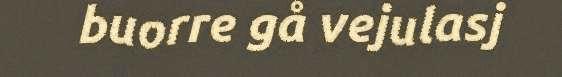
buorre gå vejulasj